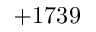
+ 1 7 3 9